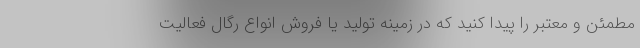
مطمئن و معتبر را پیدا کنید که در زمینه تولید یا فروش انواع رگال فعالیت